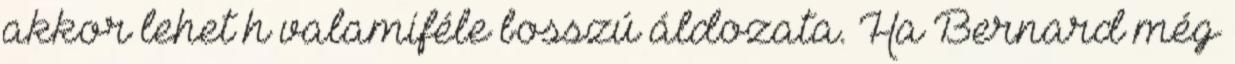
akkor lehet h valamiféle bosszú áldozata. Ha Bernard még